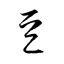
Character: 豆